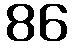
86